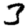
Digit: 3